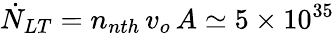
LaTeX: \dot{N}_{LT}=n_{nth}\, v_{o}\, A\simeq 5\times 10^{35}